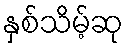
နှစ်သိမ့်ဆု